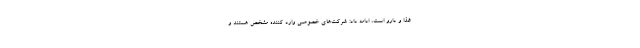
غذا و دارو است، ادامه داد: شرکت‌های خصوصی وارد کننده مشخص هستند و